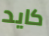
كايد